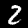
Digit: 2